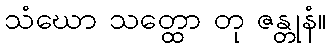
သံဃော သတ္ထော တု ဇန္တုနံ။